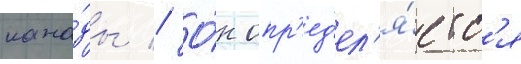
кана́ды // О́н опр'ед'ел'я́етс'я